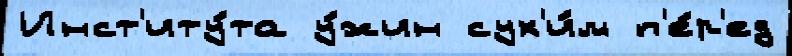
Инст'иту́та у́жин сух'и́м п'е́р'ед